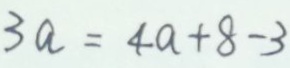
3 a = 4 a + 8 - 3